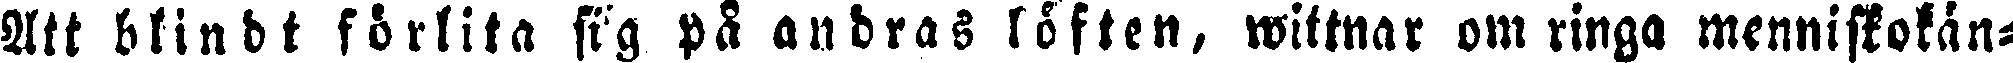
Att blindt förlita sig på andras löften, wittnar om ringa menniskokän-